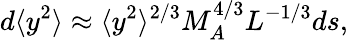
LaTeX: d\langle y^{2}\rangle\approx\langle y^{2}\rangle^{2/3}M_{A}^{4/3}L^{-1/3}ds,